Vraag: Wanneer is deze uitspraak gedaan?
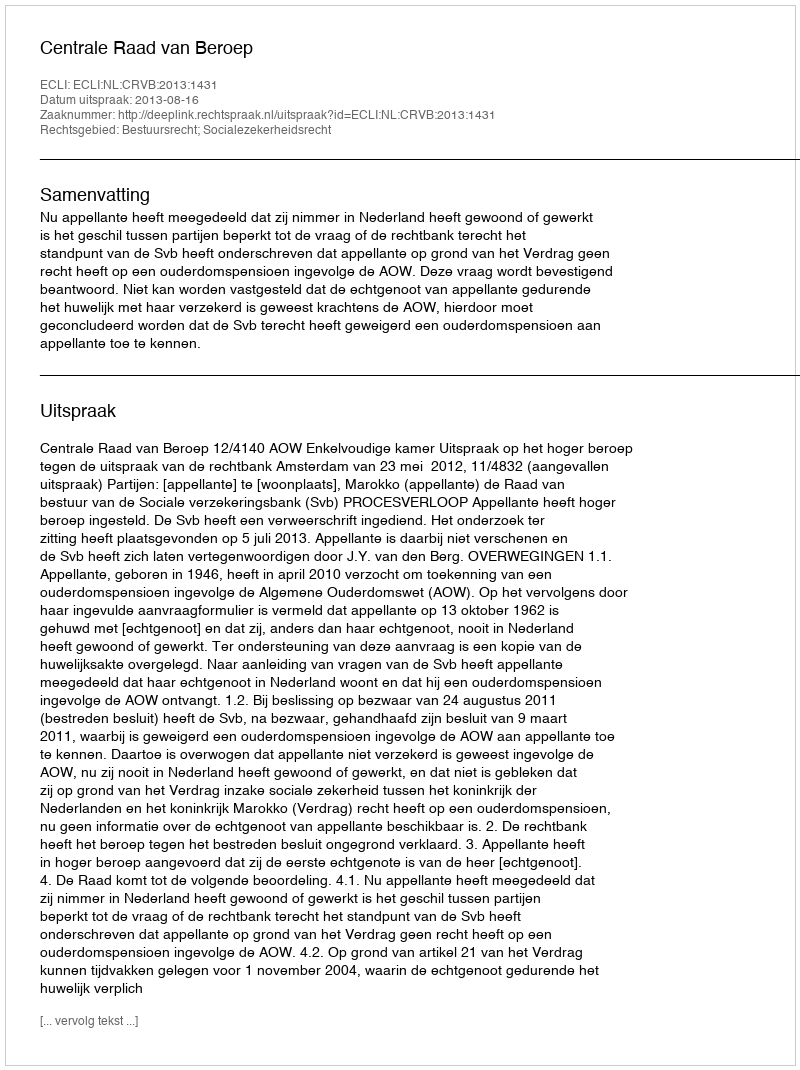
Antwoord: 2013-08-16